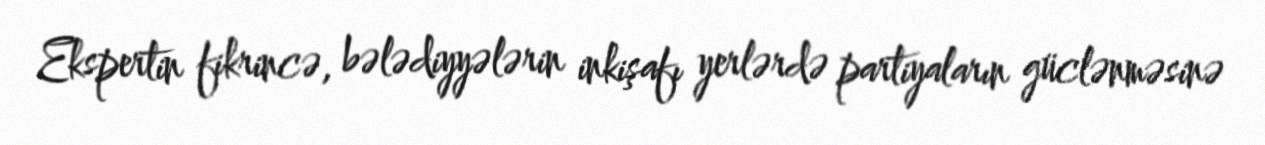
Ekspertin fikrincə, bələdiyyələrin inkişafı yerlərdə partiyaların güclənməsinə